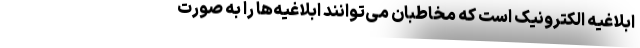
ابلاغیه الکترونیک است که مخاطبان می‌توانند ابلاغیه‌ها را به صورت